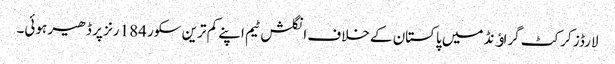
لارڈز کرکٹ گراﺅنڈ میں پاکستان کے خلاف انگلش ٹیم اپنے کم ترین سکور 184 رنز پر ڈھیر ہوئی۔